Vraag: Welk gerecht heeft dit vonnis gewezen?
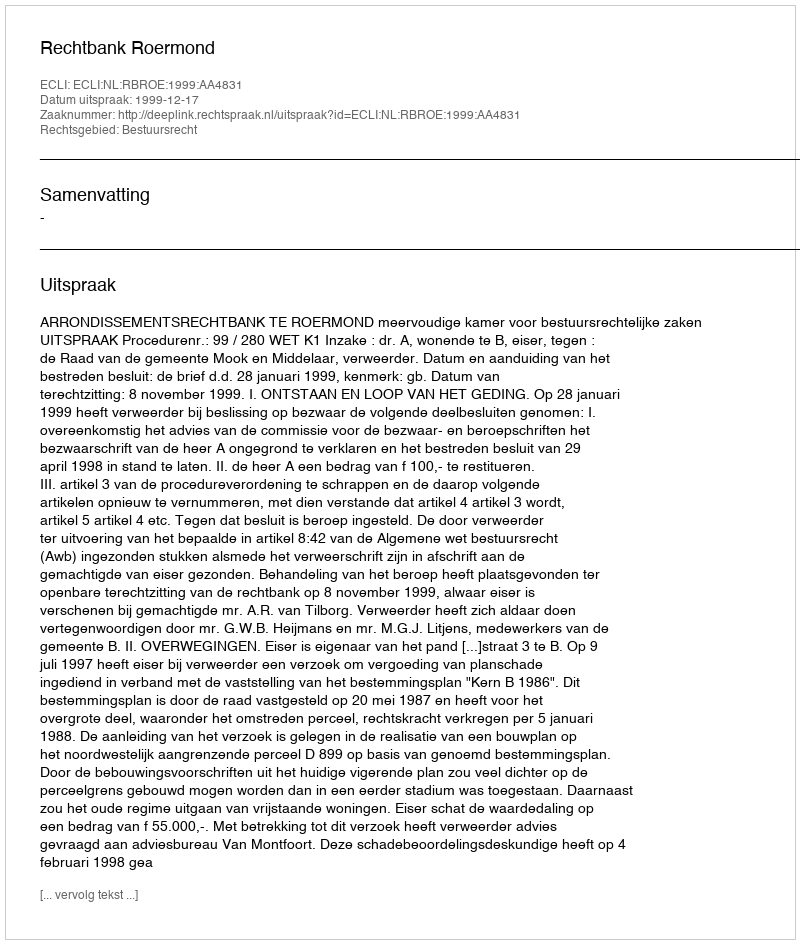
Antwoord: Rechtbank Roermond